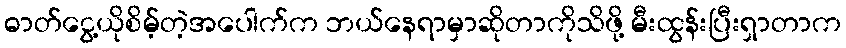
ဓာတ်ငွေ့ယိုစိမ့်တဲ့အပေါက်က ဘယ်နေရာမှာဆိုတာကိုသိဖို့ မီးထွန်းပြီးရှာတာက